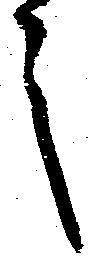
之